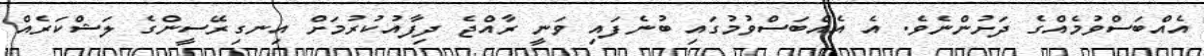
އެއްބަސްވުމެއްގެ ދަށުންނެވެ. އެ އެއްބަސްވުމުގައި ބުނެފައި ވަނީ ރާއްޖެ ދިފާއުކުރުމަށް އިނގިރޭސީންގެ ލަޝްކަރެއް